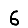
Digit: 6